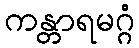
ကန္တာရမဂ္ဂံ